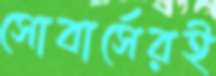
সোবার্সেরই